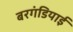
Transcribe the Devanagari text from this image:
बरगंडियाई